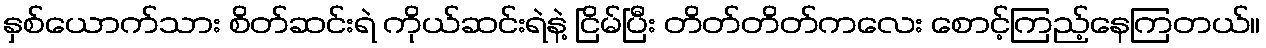
နှစ်ယောက်သား စိတ်ဆင်းရဲ ကိုယ်ဆင်းရဲနဲ့ ငြိမ်ပြီး တိတ်တိတ်ကလေး စောင့်ကြည့်နေကြတယ်။